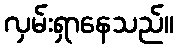
လှမ်းရှာနေသည်။